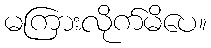
မကြားလိုက်မိပေ။